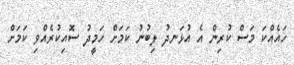
ހައެއްކަ މަސް ކުރިން އެ އުޅަނދު ލިބުނު ކަމަށް ހަމީދު ސޮއިކުރެއްވި ކަމަށް